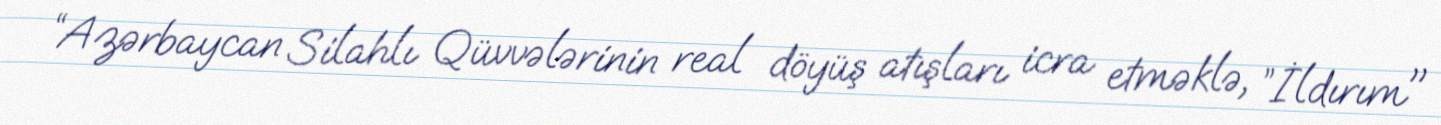
“Azərbaycan Silahlı Qüvvələrinin real döyüş atışları icra etməklə, ”İldırım"